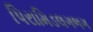
પિરામિડલગભગ